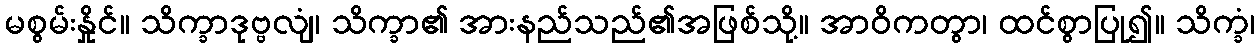
မစွမ်းနှိုင်။ သိက္ခာဒုဗ္ဗလျံ၊ သိက္ခာ၏ အားနည်သည်၏အဖြစ်သို့။ အာဝိကတွာ၊ ထင်စွာပြု၍။ သိက္ခံ၊